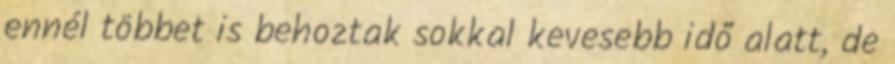
ennél többet is behoztak sokkal kevesebb idő alatt, de